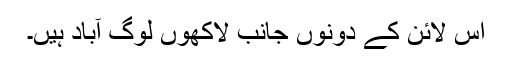
اس لائن کے دونوں جانب لاکھوں لوگ آباد ہیں۔